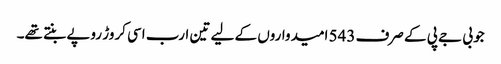
جو بی جے پی کے صرف 543 امیدواروں کے لیے تین ارب اسی کروڑ روپے بنتے تھے۔